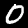
Label: 0